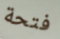
فتحة